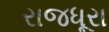
રાજધૂરા